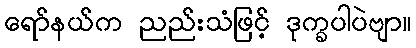
ရော်နယ်က ညည်းသံဖြင့် ဒုက္ခပါပဲဗျာ။